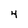
Character: 4